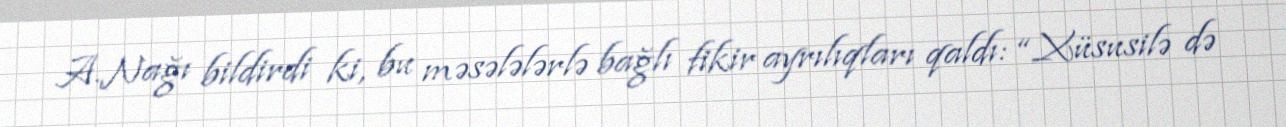
A.Nağı bildirdi ki, bu məsələlərlə bağlı fikir ayrılıqları qaldı: “Xüsusilə də